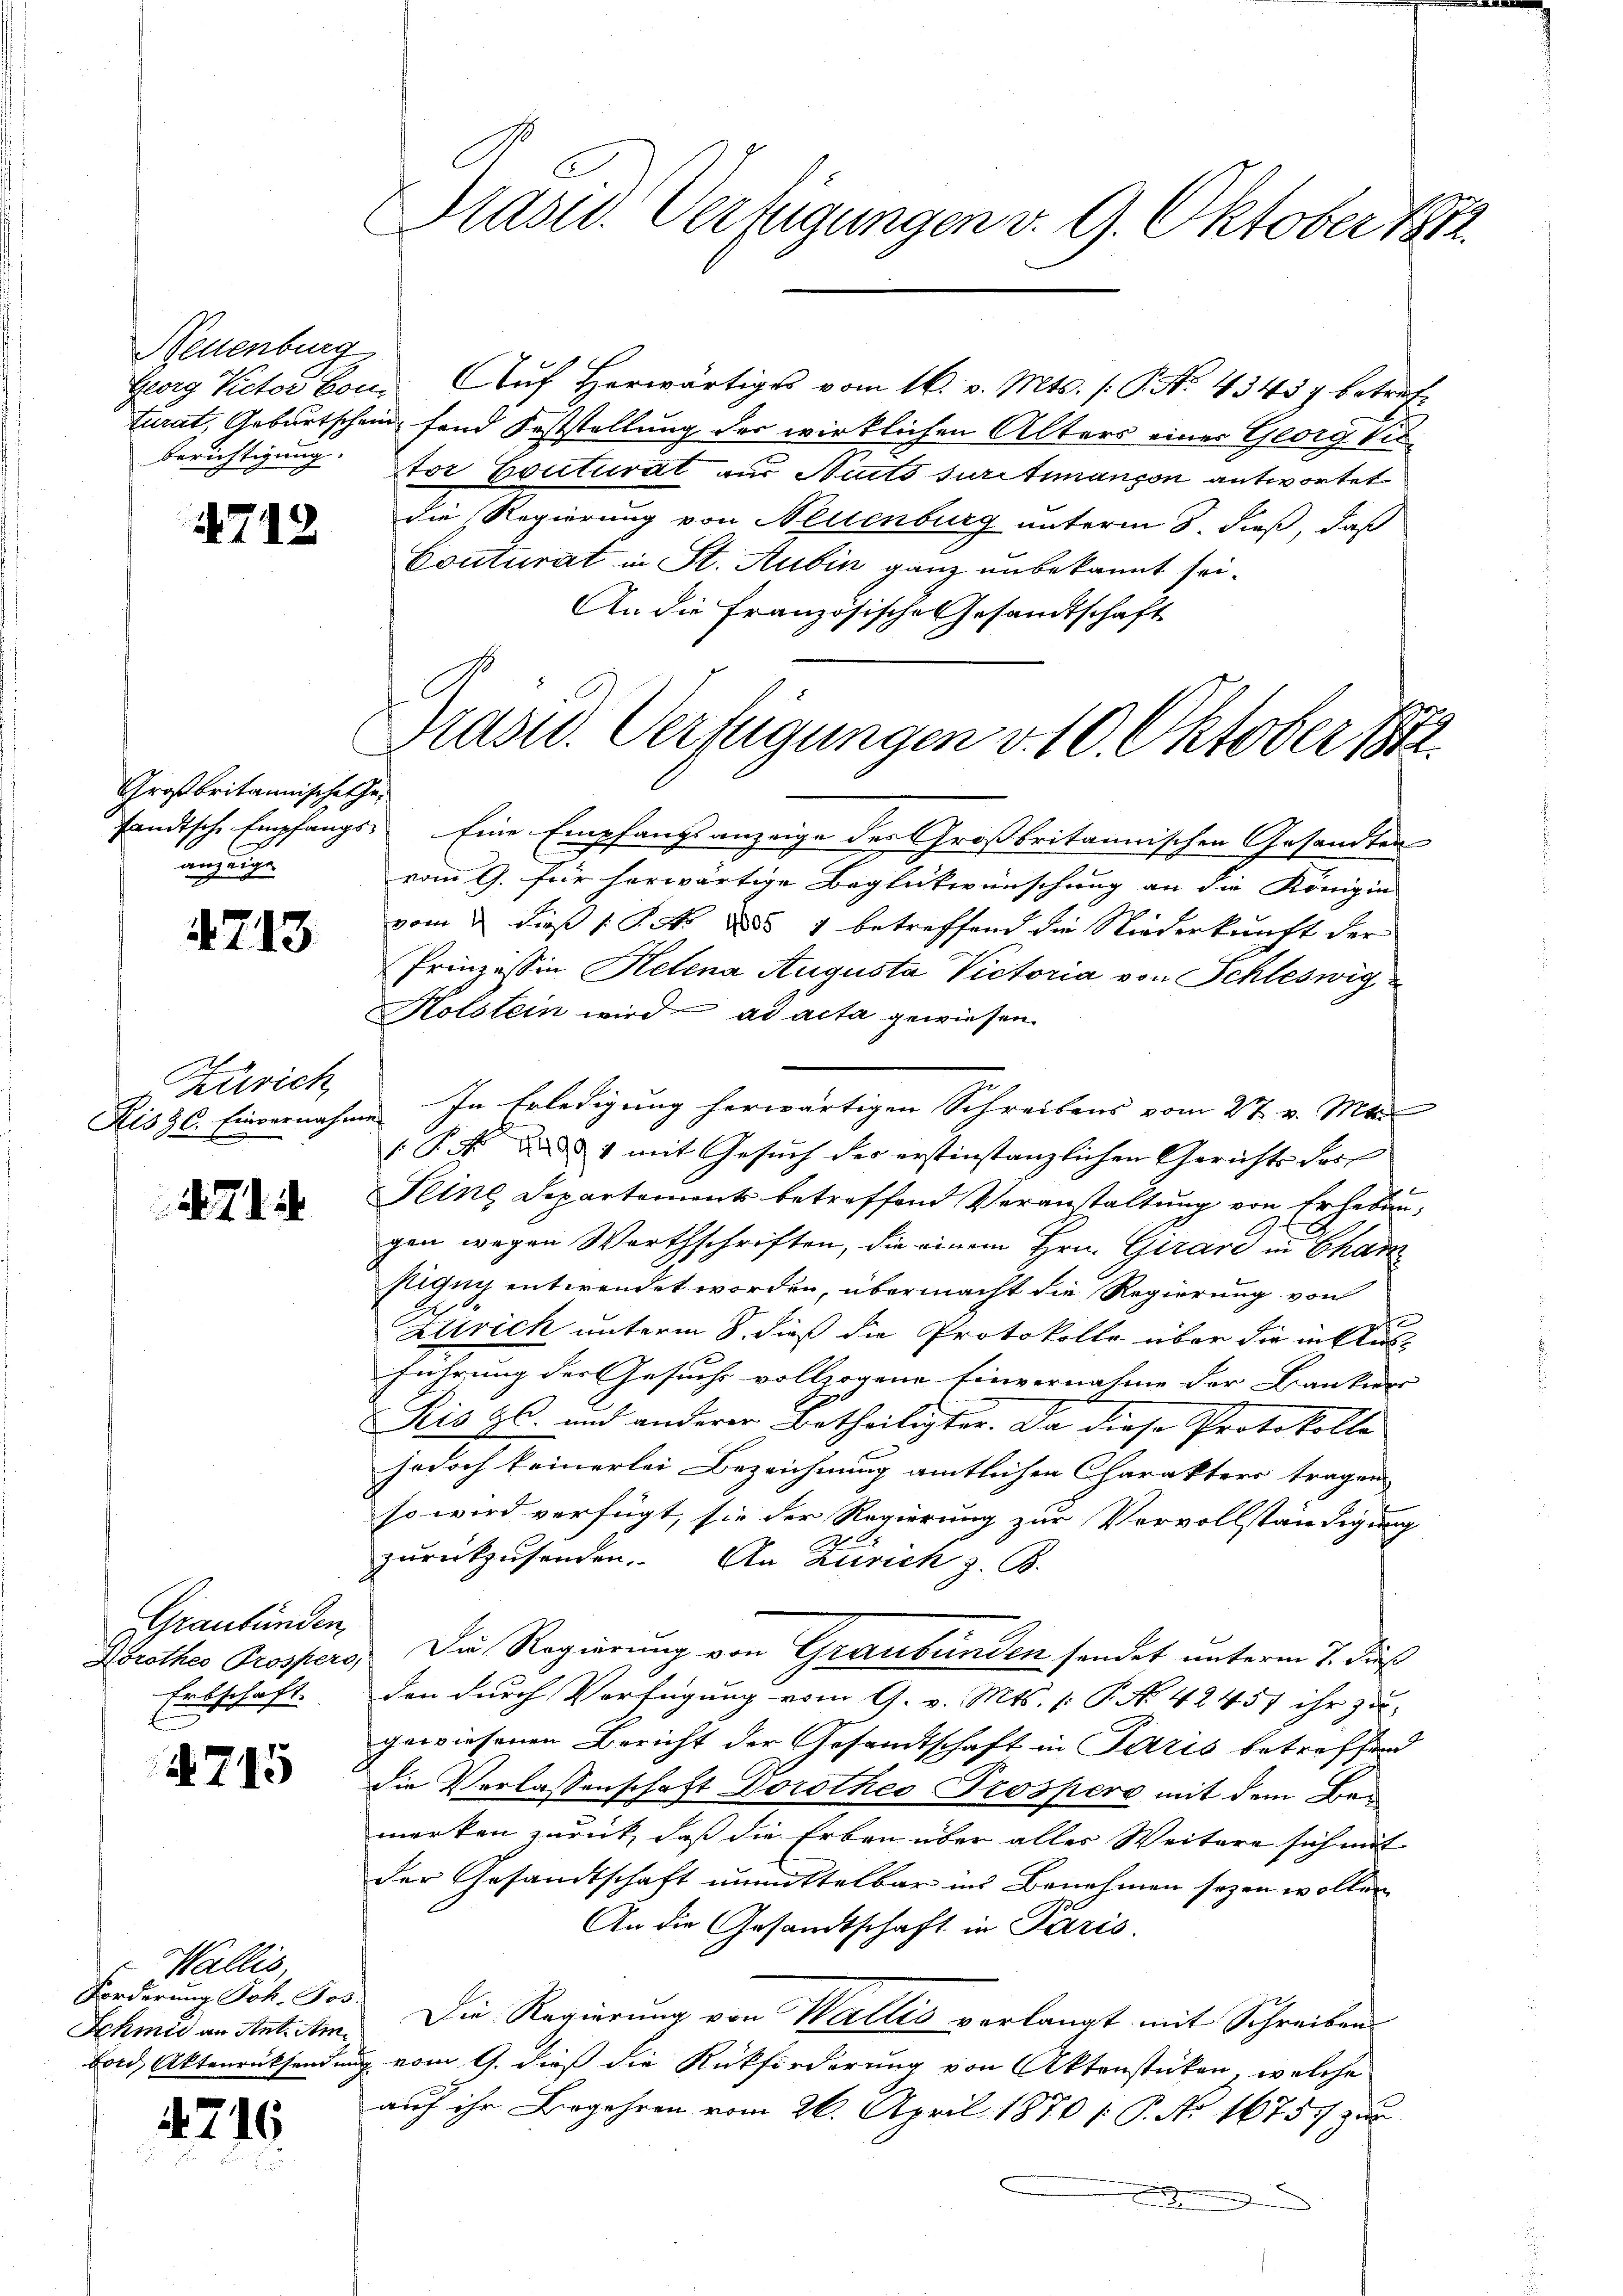
Neuenburg
Georg Victor Conturat, Geburtschei
Berichtigung.

47

12

Großbritannische the
anzeige

4713

Zürich

4714

Graubünden
Erbschaft.

A 715

Wallis,
Forderung Joh. Jos.

4716

Prast. Verfügungen v. 9. Oktober 1872.

Auf Herwärtiges vom 16. v. Mts. (: P. No. 43457 betrefin fand Feststellung der wirklichen Alters einer Georg Vie
tor Couturat zur Saits suritimanson antwortet
die Regierung von Neuenburg unterm 8. dieß, daß
Couturat in St. Aubin ganz unbekannt sei¬
An die Französische Gesandtschaft

Präsid. Verfügungen v. 10. Oktober 184

sandtsche Empfangs Eine Empfangs anzeige der Großbritannischen Gesandten
vom 9. für herwärtige Beglückwünschung an die Königin
vom & dieß P. No 885. 4 betreffend die Niederkunft der
Prinzessin Helena Augusta Victoria von Schleswig
Holstein wird ad acta gewiesen.
Kiszc. Einvernahme. In Erledigung herwärtigen Schreibens vom 27. v. Mts.
 P. Nr. 1 mit Gesuch des erstinstanzlichen Gerichts des
Seine Departements betreffend Veranstaltung von Erhebungen wegen Worthschriften, die einem Hrn. Girard in Char
stigen entwendet worden, übermacht die Regierung von
A.
Alrich unterm 8. dieß die Protokolle über die in Ausführung der Gesuche vollzogene Einvernahme der Bankiers |
Kis 96. und anderer Betheiligter. Da diese Protokolle
jodoch keinerlei Bezeichnung amtlichen Charakters tragen
so wird verfügt, sie der Regierung zur Vervollständigung
zurückzusenden. An Zürich z. B.
Dorothes Prospers. Die Regierung von Graubünden sendet unterm 7. Dies
den durch Verfügung vom 9. v. Mts. [P No. 42457 ihr zu-
gewiesenen Bericht der Gesandtschaft in Paris betreffend
die Verlassenschaft Dorothes Prosperg mit dem Bemerken zurück, daß die Erben über alles Weitere sich mit
der Gesandtschaft unmittelbar ins Benehmen sezen wollen
An die Gesandtschaft in Paris.
Schmid an Antichen. Die Regierung von Walles verlangt mit Schreiben
bord, Aktenrücksendung vom 9. dieß die Rückforderung von Aktenstücken, welche
auf ihr Begehren vom 26. April 1870 /: P. No 1675. zur
e